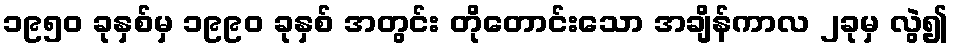
၁၉၅၀ ခုနှစ်မှ ၁၉၉၀ ခုနှစ် အတွင်း တိုတောင်းသော အချိန်ကာလ ၂ခုမှ လွဲ၍